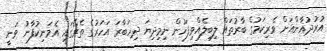
އުރުދުޣާންއަށް ވެރިކަމުގެ ބާރުތައް ލިބިލެއްވިފަހުން ނިމިދިޔަ ދިހަބާރަ އަހަރުގެ ތެރޭގައި އެމަނިކުފާނު ވަނީ